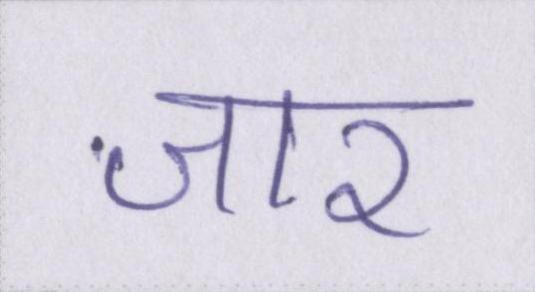
जार